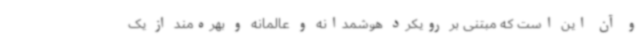
و آن این است که مبتنی بر رویکرد هوشمدانه و عالمانه و بهره‌مند از یک